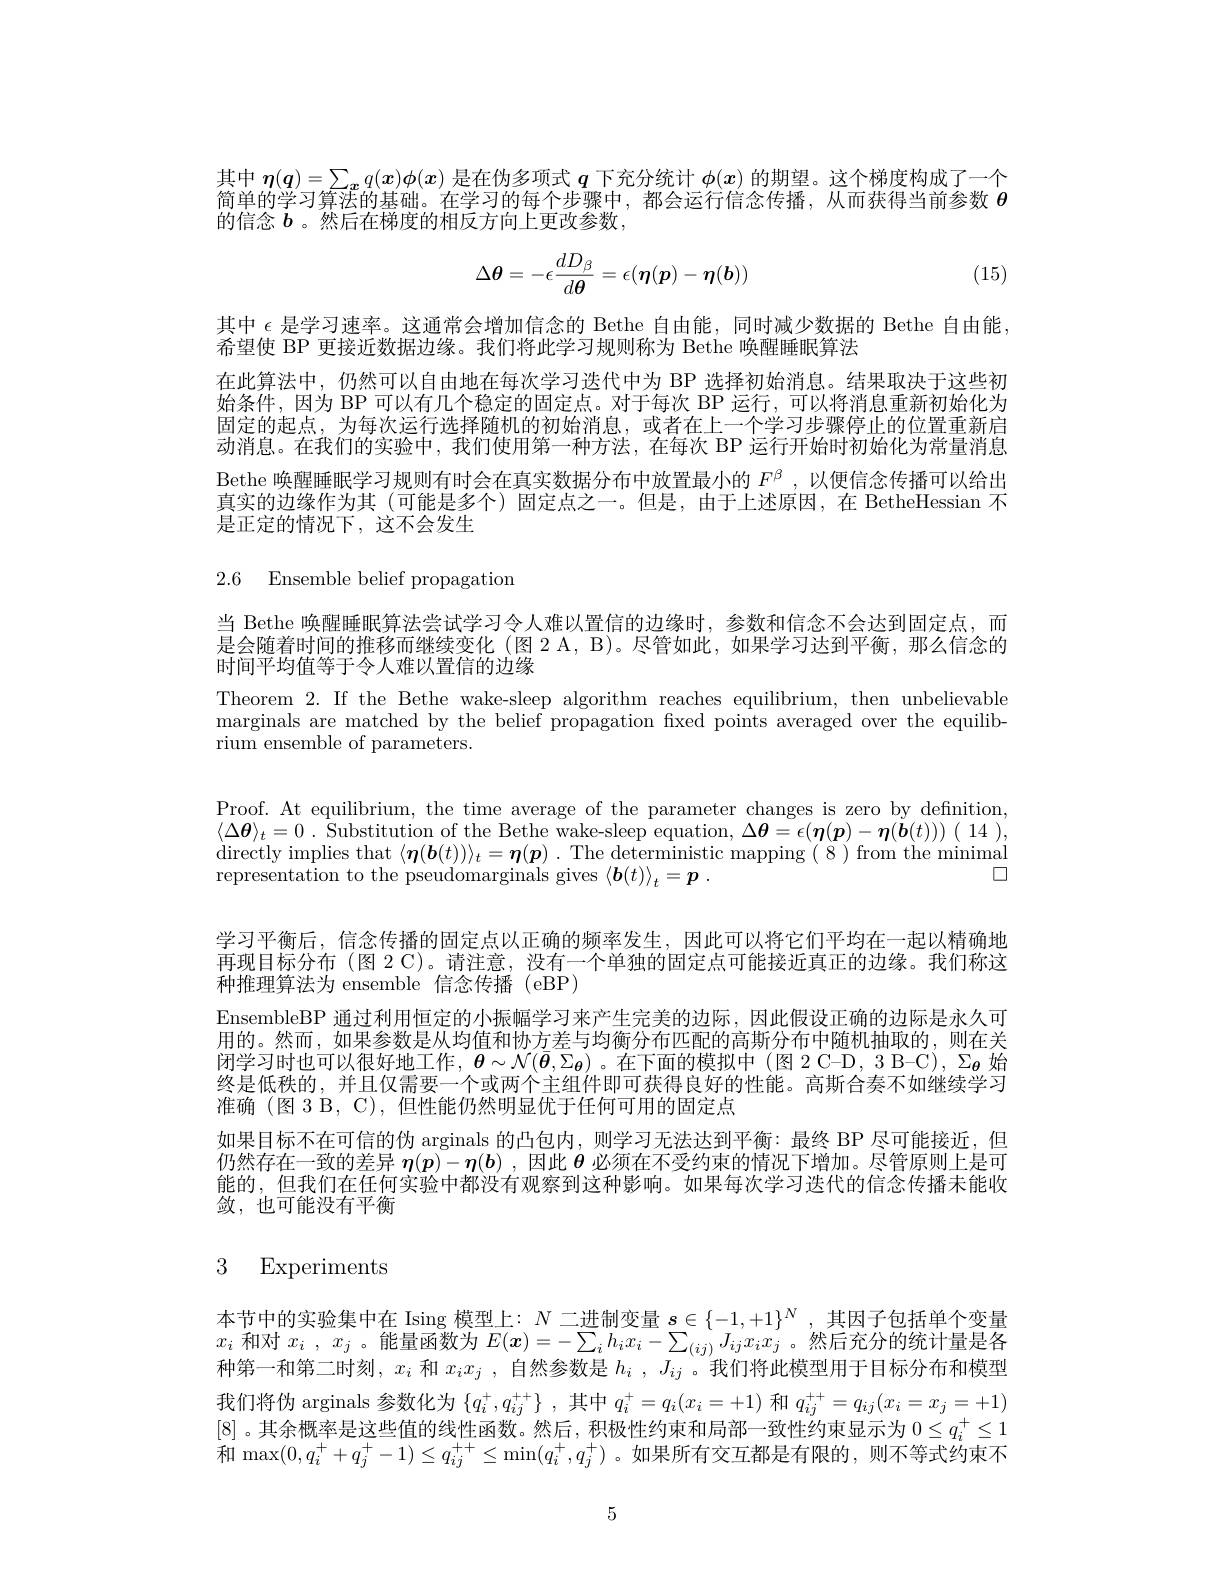
其中$\boldsymbol{\eta}(\boldsymbol{q})=\sum_{\boldsymbol{x}}q(\boldsymbol{x})\phi(x)$是在伪多项式$q$下充分统计$\phi(x)$的期望。这个梯度构成了一个简单的学习算法的基础。在学习的每个步骤中，都会运行信念传播，从而获得当前参数$\theta$ 的信念$b$。然后在梯度的相反方向上更改参数，
$$\Delta\theta=-\epsilon\frac{dD_\beta}{d\theta}=\epsilon(\eta(p)-\eta(b))$$
(15)

其中$\epsilon$是学习速率。这通常会增加信念的 Bethe 自由能，同时减少数据的 Bethe 自由能
希望使 BP 更接近数据边缘。我们将此学习规则称为 Bethe 唤醒睡眠算法
在此算法中，仍然可以自由地在每次学习迭代中为 BP 选择初始消息。结果取决于这些初始条件，因为 BP 可以有几个稳定的固定点。对于每次 BP 运行，可以将消息重新初始化为固定的起点，为每次运行选择随机的初始消息，或者在上一个学习步骤停止的位置重新启动消息。在我们的实验中，我们使用第一种方法，在每次 BP 运行开始时初始化为常量消息Bethe 唤醒睡眠学习规则有时会在真实数据分布中放置最小的$F^{\beta}$ ,以便信念传播可以给出真实的边缘作为其 (可能是多个)固定点之一。但是，由于上述原因，在 BetheHessian 不是正定的情况下，这不会发生

2.6 Ensemble belief propagation

当 Bethe 唤醒睡眠算法尝试学习令人难以置信的边缘时，参数和信念不会达到固定点，而是会随着时间的推移而继续变化(图 2 A, B)。尽管如此，如果学习达到平衡，那么信念的时间平均值等于令人难以置信的边缘
Theorem 2. If the Bethe wake-sleep algorithm reaches equilibrium, then unbelievable marginals are matched by the belief propagation fxed points averaged over the equilibrium ensemble of parameters.

Proof. At equilibrium, the time average of the parameter changes is zero by definition,

$\langle \Delta \boldsymbol{\theta }\rangle _{t}= 0$ . $\bar{\text{Substitution of the Bethe wake- sleep equation, }} \Delta \boldsymbol{\theta }= \epsilon ( \boldsymbol{\eta }( \boldsymbol{p}) - \boldsymbol{\eta }( \dot{\boldsymbol{b}} ( t) ) )$ ( 14 ),

$\operatorname* { directly implies that } \langle \boldsymbol{\eta }( \boldsymbol{b}( t) ) \rangle _t= \boldsymbol{\eta }( \boldsymbol{p})$ .The deterministic mapping (8)from the minimal
$\square$
representation to the pseudomarginals gives $\left\langle\boldsymbol{b}(t)\right\rangle_t=\boldsymbol{p}$
学习平衡后，信念传播的固定点以正确的频率发生，因此可以将它们平均在一起以精确地再现目标分布 (图 2 C)。请注意，没有一个单独的固定点可能接近真正的边缘。我们称这种推理算法为 ensemble 信念传播 (eBP)
EnsembleBP 通过利用恒定的小振幅学习来产生完美的边际，因此假设正确的边际是永久可用的。然而，如果参数是从均值和协方差与均衡分布匹配的高斯分布中随机抽取的，则在关闭学习时也可以很好地工作，$\boldsymbol{\theta}\sim\mathcal{N}(\bar{\boldsymbol{\theta}},\Sigma_{{\boldsymbol{\theta}}})$ 。在下面的模拟中 (图 2 C-D, 3 B-C), $\Sigma_{{\boldsymbol{\theta}}}$始终是低秩的，并且仅需要一个或两个主组件即可获得良好的性能。高斯合奏不如继续学习准确(图 3 B, C), 但性能仍然明显优于任何可用的固定点
如果目标不在可信的伪 arginals 的凸包内，则学习无法达到平衡：最终 BP 尽可能接近，但仍然存在一致的差异$\eta(p)-\eta(b)$ ,因此$\theta$必须在不受约束的情况下增加。尽管原则上是可能的，但我们在任何实验中都没有观察到这种影响。如果每次学习迭代的信念传播未能收敛，也可能没有平衡

# 3 Experiments

本节中的实验集中在 Ising 模型上：$N$二进制变量$s\in\{-1,+1\}^N$,其因子包括单个变量$x_i$和对$x_i,x_j$ 。能量函数为$E(x)=-\sum_ih_ix_i-\sum_{(ij)}J_{ij}x_ix_j$ 。然后充分的统计量是各种第一和第二时刻，$x_i$和$x_ix_j$ ,自然参数是$h_i,J_{ij}$ 。我们将此模型用于目标分布和模型我们将伪 arginals 参数化为$\{q_i^+,q_{ij}^+^+\}$ ,其中$q_i^+=q_i(x_i=+1)$和$q_ij^++=q_{ij}(x_i=x_j=+1)$ [8] 。其余概率是这些值的线性函数。然后，积极性约束和局部一致性约束显示为$0\leq q_i^+\leq1$ 和$\max(0,q_i^++q_j^+-1)\leq q_{ij}^{++}\leq\min(q_i^+,q_j^+)$。如果所有交互都是有限的，则不等式约束不

5